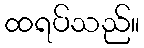
ထရပ်သည်။